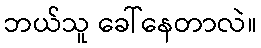
ဘယ်သူ ခေါ်နေတာလဲ။